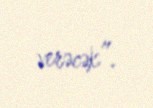
verəcək”.